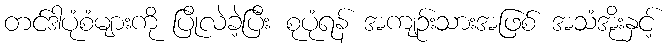
တင်ဒါပုံစံများကို ပြိုလဲခဲ့ပြီး စုပုံရန် အကျဉ်းသားအဖြစ် အသံအိုးနှင့်